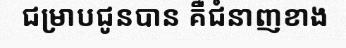
ជម្រាបជូនបាន គឺជំនាញខាង